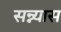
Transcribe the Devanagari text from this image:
सन्न्यास